Subject: math
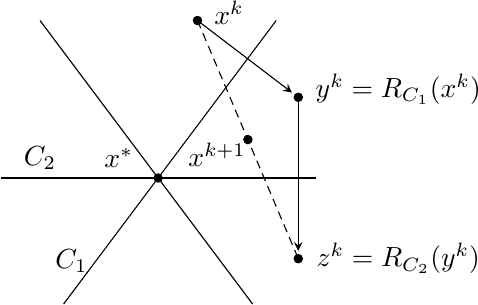
LaTeX code:
	\begin{tikzpicture}%[>=Stealth]
		\draw (-2,0) -- (2,0);
		\draw (-1.5,2) -- (1.2,-1.6);
		\draw (-1.2,-1.6) -- (1.5,2);

		\filldraw (0,0) circle [radius=1.5pt]
		(0.5,2) circle [radius=1.5pt]
		(1.78,1.025) circle [radius=1.5pt]
		(1.78,-1.025) circle [radius=1.5pt]
		(1.14,0.4875) circle [radius=1.5pt];

		\draw (-0.5,0.25) node {$x^*$}
		(0.9,2.1) node {$x^k$}
		(3.05,1.125) node {$y^k=R_{C_1}(x^k)$}
		(3.05,-1.025) node {$z^k=R_{C_2}(y^k)$}
		(0.75,0.3) node {$x^{k+1}$};
		\draw (-1.5,0.25) node {$C_2$}
		(-1.1,-1.05) node {$C_1$};

		\draw [-stealth] (0.5,2) -- (1.7,1.085);
		\draw [-stealth] (1.78,1.025) -- (1.78,-0.925);
		\draw [dash pattern=on 3pt off 2pt] (0.5,2) -- (1.78,-1.025);
	\end{tikzpicture}